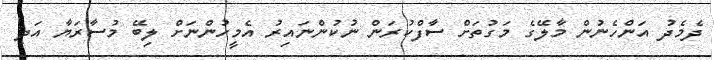
ދެމެދު އަންހެނުން މާލޭގެ މަގުތަށް ސާފްކުރަން ނުކުންނައިރު އެމީހުންނަށް ލިބޭ މުސާރަޔާ އަދި